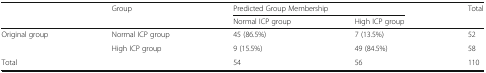
<table><thead><tr><td rowspan="2">[EMPTY_CELL]</td><td rowspan="2"><b>Group</b></td><td colspan="2"><b>Predicted Group Membership</b></td><td rowspan="2"><b>Total</b></td></tr><tr><td><b>Normal ICP group</b></td><td><b>High ICP group</b></td></tr></thead><tbody><tr><td rowspan="2">Original group</td><td>Normal ICP group</td><td>45 (86.5%)</td><td>7 (13.5%)</td><td>52</td></tr><tr><td>High ICP group</td><td>9 (15.5%)</td><td>49 (84.5%)</td><td>58</td></tr><tr><td>Total</td><td>[EMPTY_CELL]</td><td>54</td><td>56</td><td>110</td></tr></tbody></table>